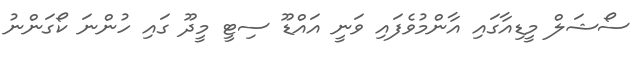
ސޯޝަލް މީޑިއާގައި އާންމުވެފައި ވަނީ އައްޑޫ ސިޓީ މީދޫ ގައި ހުންނަ ކޯގަންނު